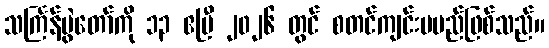
သင်္ကြန်ပွဲတော်ကို ၁၃ ဧပြီ ၂၀၂၆ တွင် စတင်ကျင်းပမည်ဖြစ်သည်။